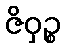
ဇိဝှဉ္စ